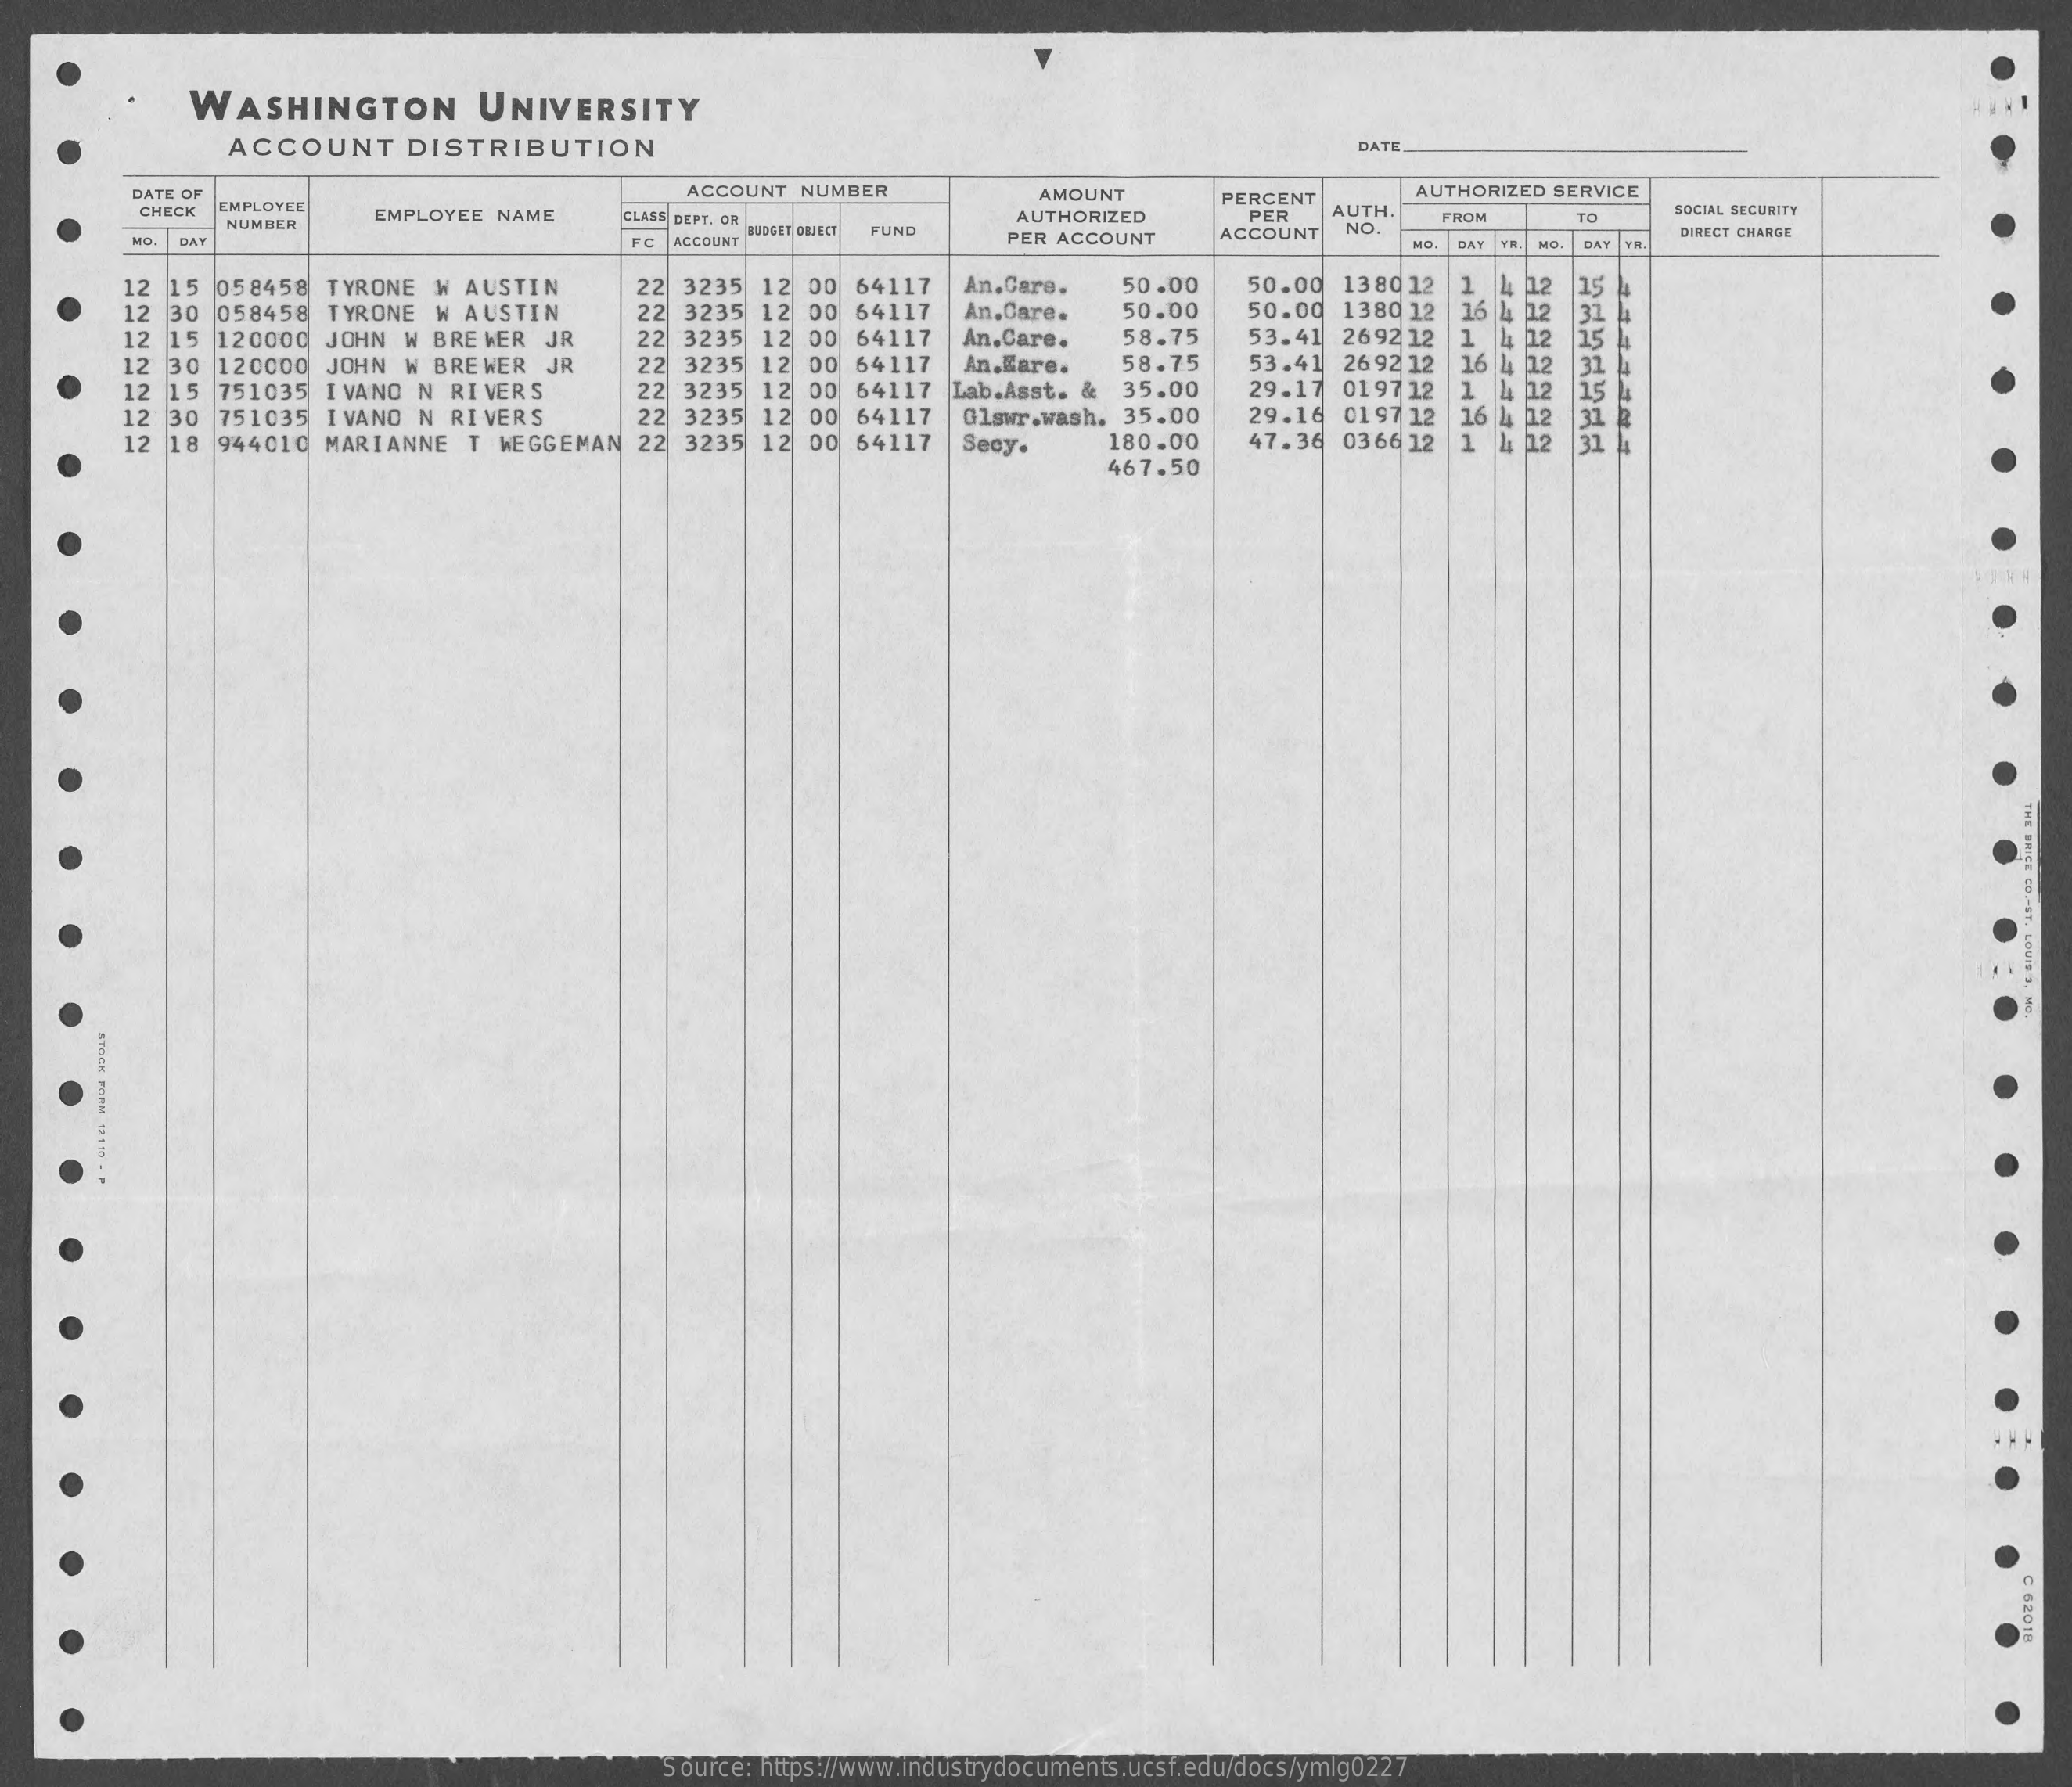
WASHINGTON    UNIVERSITY
     ACCOUNT DISTRIBUTION    DATE
     DATE OF    ACCOUNT NUMBER
     CHECK EMPLOYEE
     EMPLOYEE NAME
     AMOUNT
     AUTHORIZED
     PERCENT  AUTHORIZED SERVICE
     NUMBER
     CLASS DEPT. OR
     FUND
     PER AUTH.
     DAT
     ACCOUNT NO.
     FROM   TO  SOCIAL SECURITY
     MC.    ACCOUNT
     BUDGET OLIECT PER ACCOUNT    DIRECT CHANGE
     DAY MO DAY
     12 15 058458 TYRONE W AUSTIN 22 3235 12 00 64117 An.Cars. 50.00 50.00 138012 1
     12 30 058458 TYRONE W AUSTIN 22 3235 12 00 64117 An.Care. 50.00 50.00 1380 12
     112
     16 4 12 31
     12 15 120000 JOHN W BREWER JR 22 3235 12 00 64117 An.Care. 58.75 53.41 2692 12 1 4 12 15
     12 30 120000 JOHN W BREWER JR 22 3235 12 00 64117 An.Mare. 58.75 53.41 2692 12 16 4 112 31 4
     12 15 751035 IVANO N RIVERS 22 3235 12 00 64117 Lab.Asst. & 35.00 29.17 0197 12 1 4 112 15
     12 30 751035 IVANO N RIVERS 22 3235 12 00 64117    29.16 0197 12 16 4 12
     12 18 944010 MARIANNE T WEGGEMAN 22 3235 12 00 64117
     Olswr.wash. 35.00
     Secy.  180.00 47.36 0366 12 1
     467.50
     STOCK
     PORN
     12:1
     .
     F
     C
     62018
     Source: https://www.industrydocuments.ucsf.edu/docs/ymlg0227